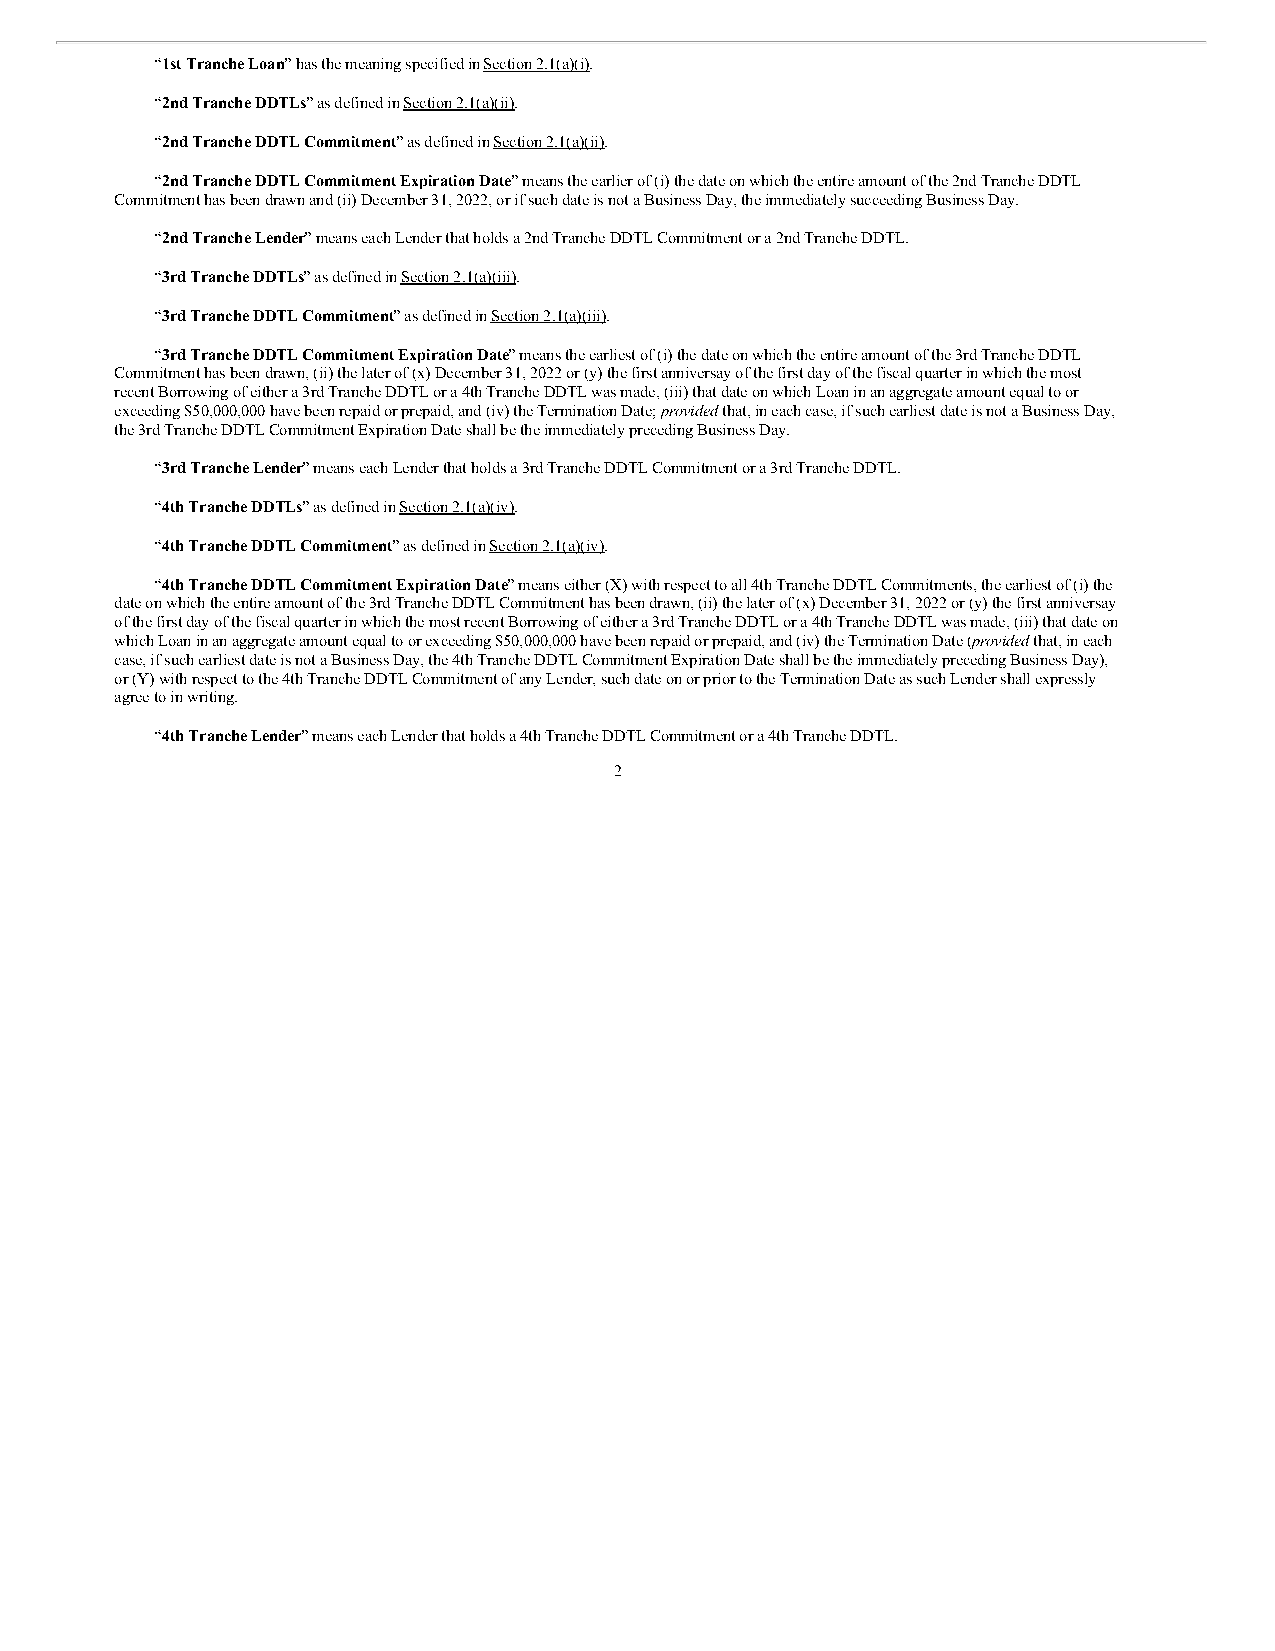
“1st Tranche Loan” has the meaning specified in Section 2.1(a)(i).
 “2nd Tranche DDTLs” as defined in Section 2.1(a)(ii).
 “2nd Tranche DDTL Commitment” as defined in Section 2.1(a)(ii).
 “2nd Tranche DDTL Commitment Expiration Date” means the earlier of (i) the date on which the entire amount of the 2nd Tranche DDTL
 Commitment has been drawn and (ii) December 31, 2022, or if such date is not a Business Day, the immediately succeeding Business Day.
 “2nd Tranche Lender” means each Lender that holds a 2nd Tranche DDTL Commitment or a 2nd Tranche DDTL.
 “3rd Tranche DDTLs” as defined in Section 2.1(a)(iii).
 “3rd Tranche DDTL Commitment” as defined in Section 2.1(a)(iii).
 “3rd Tranche DDTL Commitment Expiration Date” means the earliest of (i) the date on which the entire amount of the 3rd Tranche DDTL
 Commitment has been drawn, (ii) the later of (x) December 31, 2022 or (y) the first anniversay of the first day of the fiscal quarter in which the most
 recent Borrowing of either a 3rd Tranche DDTL or a 4th Tranche DDTL was made, (iii) that date on which Loan in an aggregate amount equal to or
 exceeding $50,000,000 have been repaid or prepaid, and (iv) the Termination Date; provided that, in each case, if such earliest date is not a Business Day,
 the 3rd Tranche DDTL Commitment Expiration Date shall be the immediately preceding Business Day.
 “3rd Tranche Lender” means each Lender that holds a 3rd Tranche DDTL Commitment or a 3rd Tranche DDTL.
 “4th Tranche DDTLs” as defined in Section 2.1(a)(iv).
 “4th Tranche DDTL Commitment” as defined in Section 2.1(a)(iv).
 “4th Tranche DDTL Commitment Expiration Date” means either (X) with respect to all 4th Tranche DDTL Commitments, the earliest of (i) the
 date on which the entire amount of the 3rd Tranche DDTL Commitment has been drawn, (ii) the later of (x) December 31, 2022 or (y) the first anniversay
 of the first day of the fiscal quarter in which the most recent Borrowing of either a 3rd Tranche DDTL or a 4th Tranche DDTL was made, (iii) that date on
 which Loan in an aggregate amount equal to or exceeding $50,000,000 have been repaid or prepaid, and (iv) the Termination Date (provided that, in each
 case, if such earliest date is not a Business Day, the 4th Tranche DDTL Commitment Expiration Date shall be the immediately preceding Business Day),
 or (Y) with respect to the 4th Tranche DDTL Commitment of any Lender, such date on or prior to the Termination Date as such Lender shall expressly
 agree to in writing.
 “4th Tranche Lender” means each Lender that holds a 4th Tranche DDTL Commitment or a 4th Tranche DDTL.
 2